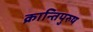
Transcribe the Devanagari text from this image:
क्रान्तिपुरुष